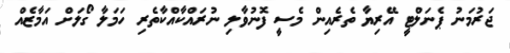
ޖަރުމަނު ޕެނަލްޓީ އޭރިޔާ ތެރެއިން މެސީ ފޮނުވާލި ނުރައްކާއްކާތެރި ހަމަލާ ގޯލަށް އަމާޒެއް